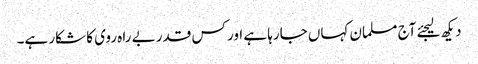
دیکھ لیجئے آج مسلمان کہاں جارہا ہے اور کس قدر بے راہ روی کا شکار ہے۔